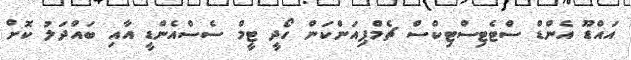
އައްޑޫ އެންޑް ސްޓެޓިސްޓިކްސް ޗެމްޕިއަންކަން ހޯދީ ޓީމް ސެސްއެންޑީ އާއި ބައްދަލު ކޮށް